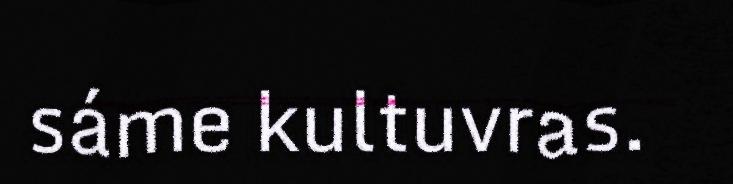
sáme kultuvras.